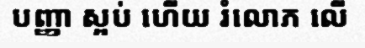
បញ្ញា ស្អប់ ហើយ រំលោភ លើ